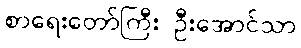
စာရေးတော်ကြီး ဦးအောင်သာ